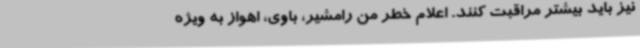
نیز باید بیشتر مراقبت کنند. اعلام خطر من رامشیر، باوی، اهواز به ویژه